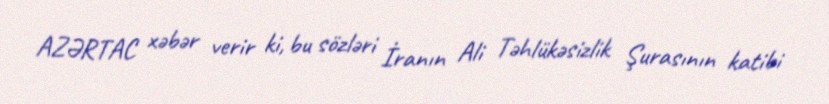
AZƏRTAC xəbər verir ki, bu sözləri İranın Ali Təhlükəsizlik Şurasının katibi